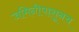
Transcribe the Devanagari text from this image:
जमिनीपासूनच